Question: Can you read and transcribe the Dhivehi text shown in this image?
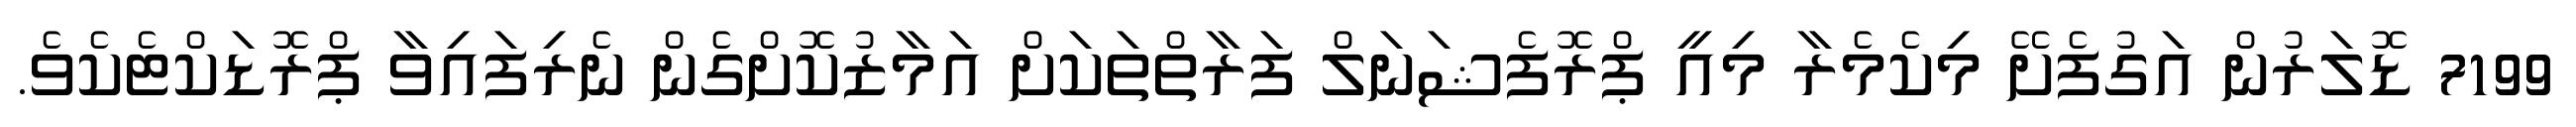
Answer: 7199 ޑޮލަރުން އަގުފެށޭ މިކެމެރާ މިއީ ޕްރޮފެޝަނަލް ފަރާތްތަކަށް އަމާޒުކޮށްގެން ނެރިފައިވާ ޕްރޮޑަކްޓެކެވެ.